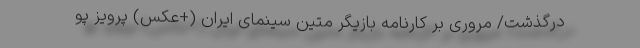
درگذشت/ مروری بر کارنامه بازیگر متین سینمای ایران (+عکس) پرویز پو